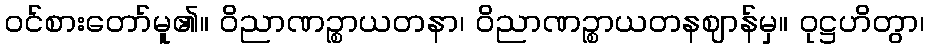
ဝင်စားတော်မူ၏။ ဝိညာဏဉ္စာယတနာ၊ ဝိညာဏဉ္စာယတနဈာန်မှ။ ဝုဋ္ဌဟိတွာ၊